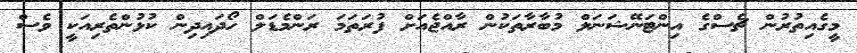
މީގެއިތުރުން ޗެސްގެ އިންޓަނޭޝަނަލް މުބާރާތަކުން ރާއްޖެއަށް ފުރަތަމަ ރަންމެޑަލް ހޯދައިދިން ކުޅުންތެރިއަކީ ވެސް